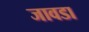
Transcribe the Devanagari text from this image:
जावडा